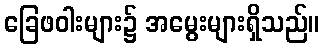
ခြေဖဝါးများ၌ အမွေးများရှိသည်။